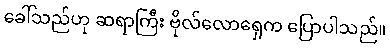
ခေါ်သည်ဟု ဆရာကြီး ဗိုလ်လောရှေက ပြောပါသည်။